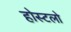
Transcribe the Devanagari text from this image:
होस्टलो